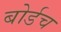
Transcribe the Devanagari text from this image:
बोर्डच